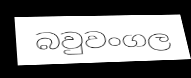
බවුවංගල